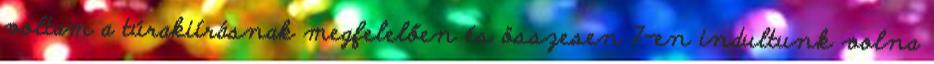
voltam a túrakiírásnak megfelelően és összesen 7-en indultunk volna